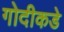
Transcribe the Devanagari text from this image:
गोदीकडे